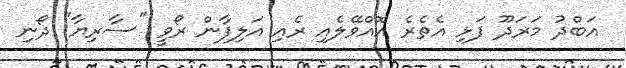
އަބްދު މަރަދޫ ފަޅި އެތެރެ އޮއްވޭލެއި ރެއި އަލިފާން ރޯވީ "ސާރިޔާ" ދޯނި